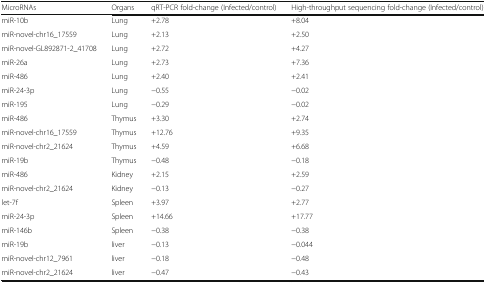
<table><thead><tr><td><b>MicroRNAs</b></td><td><b>Organs</b></td><td><b>qRT-PCR fold-change (Infected/control)</b></td><td><b>High-throughput sequencing fold-change (Infected/control)</b></td></tr></thead><tbody><tr><td>miR-10b</td><td>Lung</td><td>+2.78</td><td>+8.04</td></tr><tr><td>miR-novel-chr16_17559</td><td>Lung</td><td>+2.13</td><td>+2.50</td></tr><tr><td>miR-novel-GL892871-2_41708</td><td>Lung</td><td>+2.72</td><td>+4.27</td></tr><tr><td>miR-26a</td><td>Lung</td><td>+2.73</td><td>+7.36</td></tr><tr><td>miR-486</td><td>Lung</td><td>+2.40</td><td>+2.41</td></tr><tr><td>miR-24-3p</td><td>Lung</td><td>−0.55</td><td>−0.02</td></tr><tr><td>miR-195</td><td>Lung</td><td>−0.29</td><td>−0.02</td></tr><tr><td>miR-486</td><td>Thymus</td><td>+3.30</td><td>+2.74</td></tr><tr><td>miR-novel-chr16_17559</td><td>Thymus</td><td>+12.76</td><td>+9.35</td></tr><tr><td>miR-novel-chr2_21624</td><td>Thymus</td><td>+4.59</td><td>+6.68</td></tr><tr><td>miR-19b</td><td>Thymus</td><td>−0.48</td><td>−0.18</td></tr><tr><td>miR-486</td><td>Kidney</td><td>+2.15</td><td>+2.59</td></tr><tr><td>miR-novel-chr2_21624</td><td>Kidney</td><td>−0.13</td><td>−0.27</td></tr><tr><td>let-7f</td><td>Spleen</td><td>+3.97</td><td>+2.77</td></tr><tr><td>miR-24-3p</td><td>Spleen</td><td>+14.66</td><td>+17.77</td></tr><tr><td>miR-146b</td><td>Spleen</td><td>−0.38</td><td>−0.38</td></tr><tr><td>miR-19b</td><td>liver</td><td>−0.13</td><td>−0.044</td></tr><tr><td>miR-novel-chr12_7961</td><td>liver</td><td>−0.18</td><td>−0.48</td></tr><tr><td>miR-novel-chr2_21624</td><td>liver</td><td>−0.47</td><td>−0.43</td></tr></tbody></table>